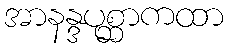
အာနန္ဒပုစ္ဆာကထာ